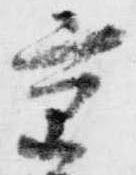
京